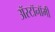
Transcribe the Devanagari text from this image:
ॲस्टॉनॉमी